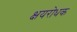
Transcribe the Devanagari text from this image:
क्षयरोधक